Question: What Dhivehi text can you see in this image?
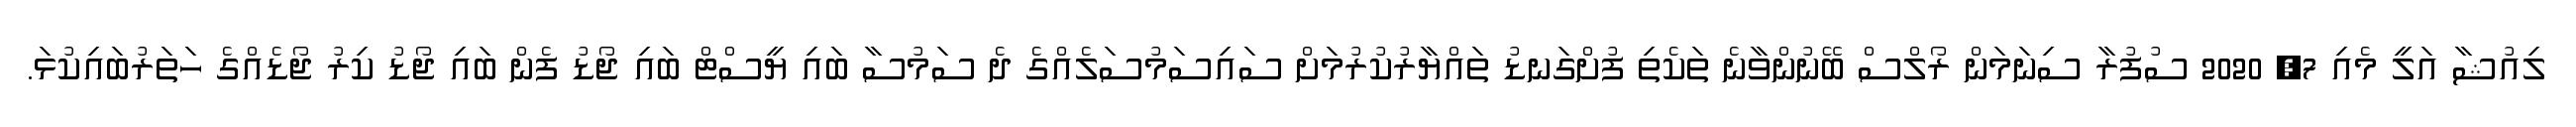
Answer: ލިއުޝާ އަލީ މެއި 7, 2020 ސުފުރާ ސިނަމަން ރޯލްސް ބޭނުންވާނެ ތަކެތި ފުށްގަނޑު ތައްޔާރުކުރުމަށް ސައިސަމުސަލެއްގެ ދެ ސަމުސާ ބައި ޔީސްޓް ބައި ޖޯޑު ފެން ބައި ޖޯޑު ކިރު ޖޯޑެއްގެ ހަތަރުބައިކުޅަ.